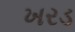
ખરડ